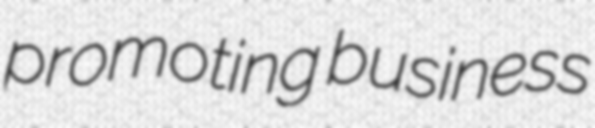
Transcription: promoting business